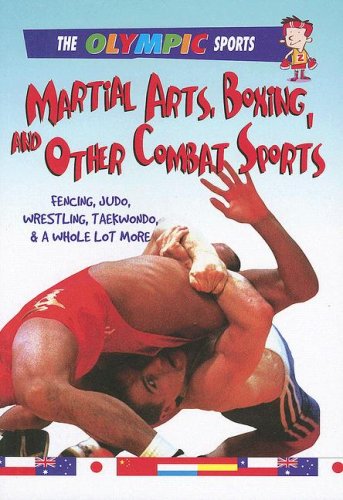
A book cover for Martial Arts, Boxing, and Other Combat Sports: Fencing, Judo, Wrestling, Taekwondo, & a Whole Lot More (Olympic Sports (Saunders)); Jason Page; Children's Books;